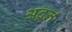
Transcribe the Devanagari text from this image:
अद्वत